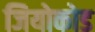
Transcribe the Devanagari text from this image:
जियोकोड